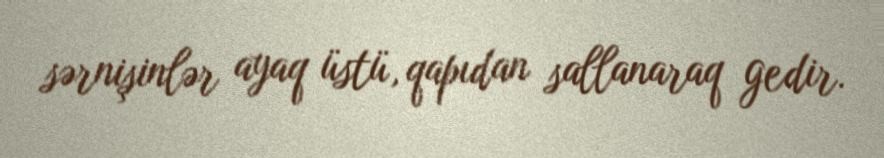
sərnişinlər ayaq üstü, qapıdan sallanaraq gedir.